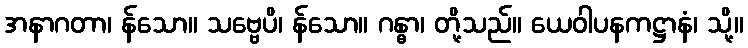
အနာဂတာ၊ န်သော။ သဗ္ဗေပိ၊ န်သော။ ဂန္ဓာ၊ တို့သည်။ ယေဝါပနကဋ္ဌာနံ၊ သို့။